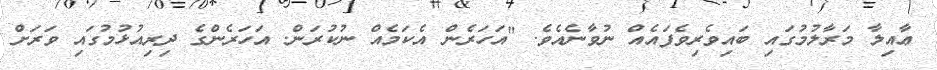
ޢާއިލާ މަރާލުމުގައި ބައިވެރިވެފައެއް ނުވާނެއެވެ. "އަހަރެން އެކަމެއް ނުކުރަން. އަހަރެންގެ ދިރިއުޅުމުގައި ވަރަށް